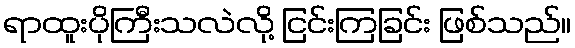
ရာထူးပိုကြီးသလဲလို့ ငြင်းကြခြင်း ဖြစ်သည်။